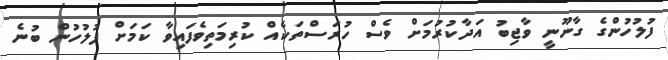
ފުލުހުންގެ ގާނޫނީ ވާޖިބު އަދާކުރުމަށް ވެސް ހުރަސްތަކެއް ކުރިމަތިވެފައިވާ ކަމަށް ފުލުހުން ބުނެ